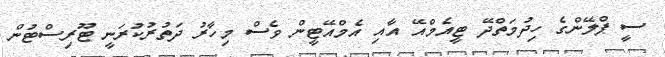
ސީ ޕްލޭންގެ ހިދުމަތްދޭ ޓީއެމްއޭ އާއި އެމްއޭޓީން ވެސް މިހާރު ދަތުރުކުރަނީ ޓޫރިސްޓުން